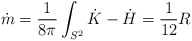
\begin{align*}\dot{m} = \frac{1}{8\pi} \int_{S^2} \dot{K} - \dot{H} = \frac{1}{12} R\end{align*}